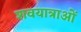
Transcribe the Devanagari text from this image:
शवयात्राओँ